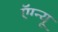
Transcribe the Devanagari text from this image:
ऍग्न्यू